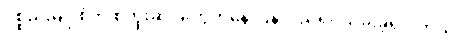
ပစ္စည်းမျိုးစုံကို စတိုးဆိုင်တွေကနေ ပြန်လည်ရုပ်သိမ်းခဲ့ရပါတယ်။